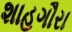
શાહગૌરા